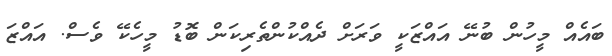
ބައެއް މީހުން ބުނޭ އައްޒަކީ ވަރަށް ދެއްކުންތެރިކަން ބޮޑު މީހެކޭ ވެސް. އައްޒަ